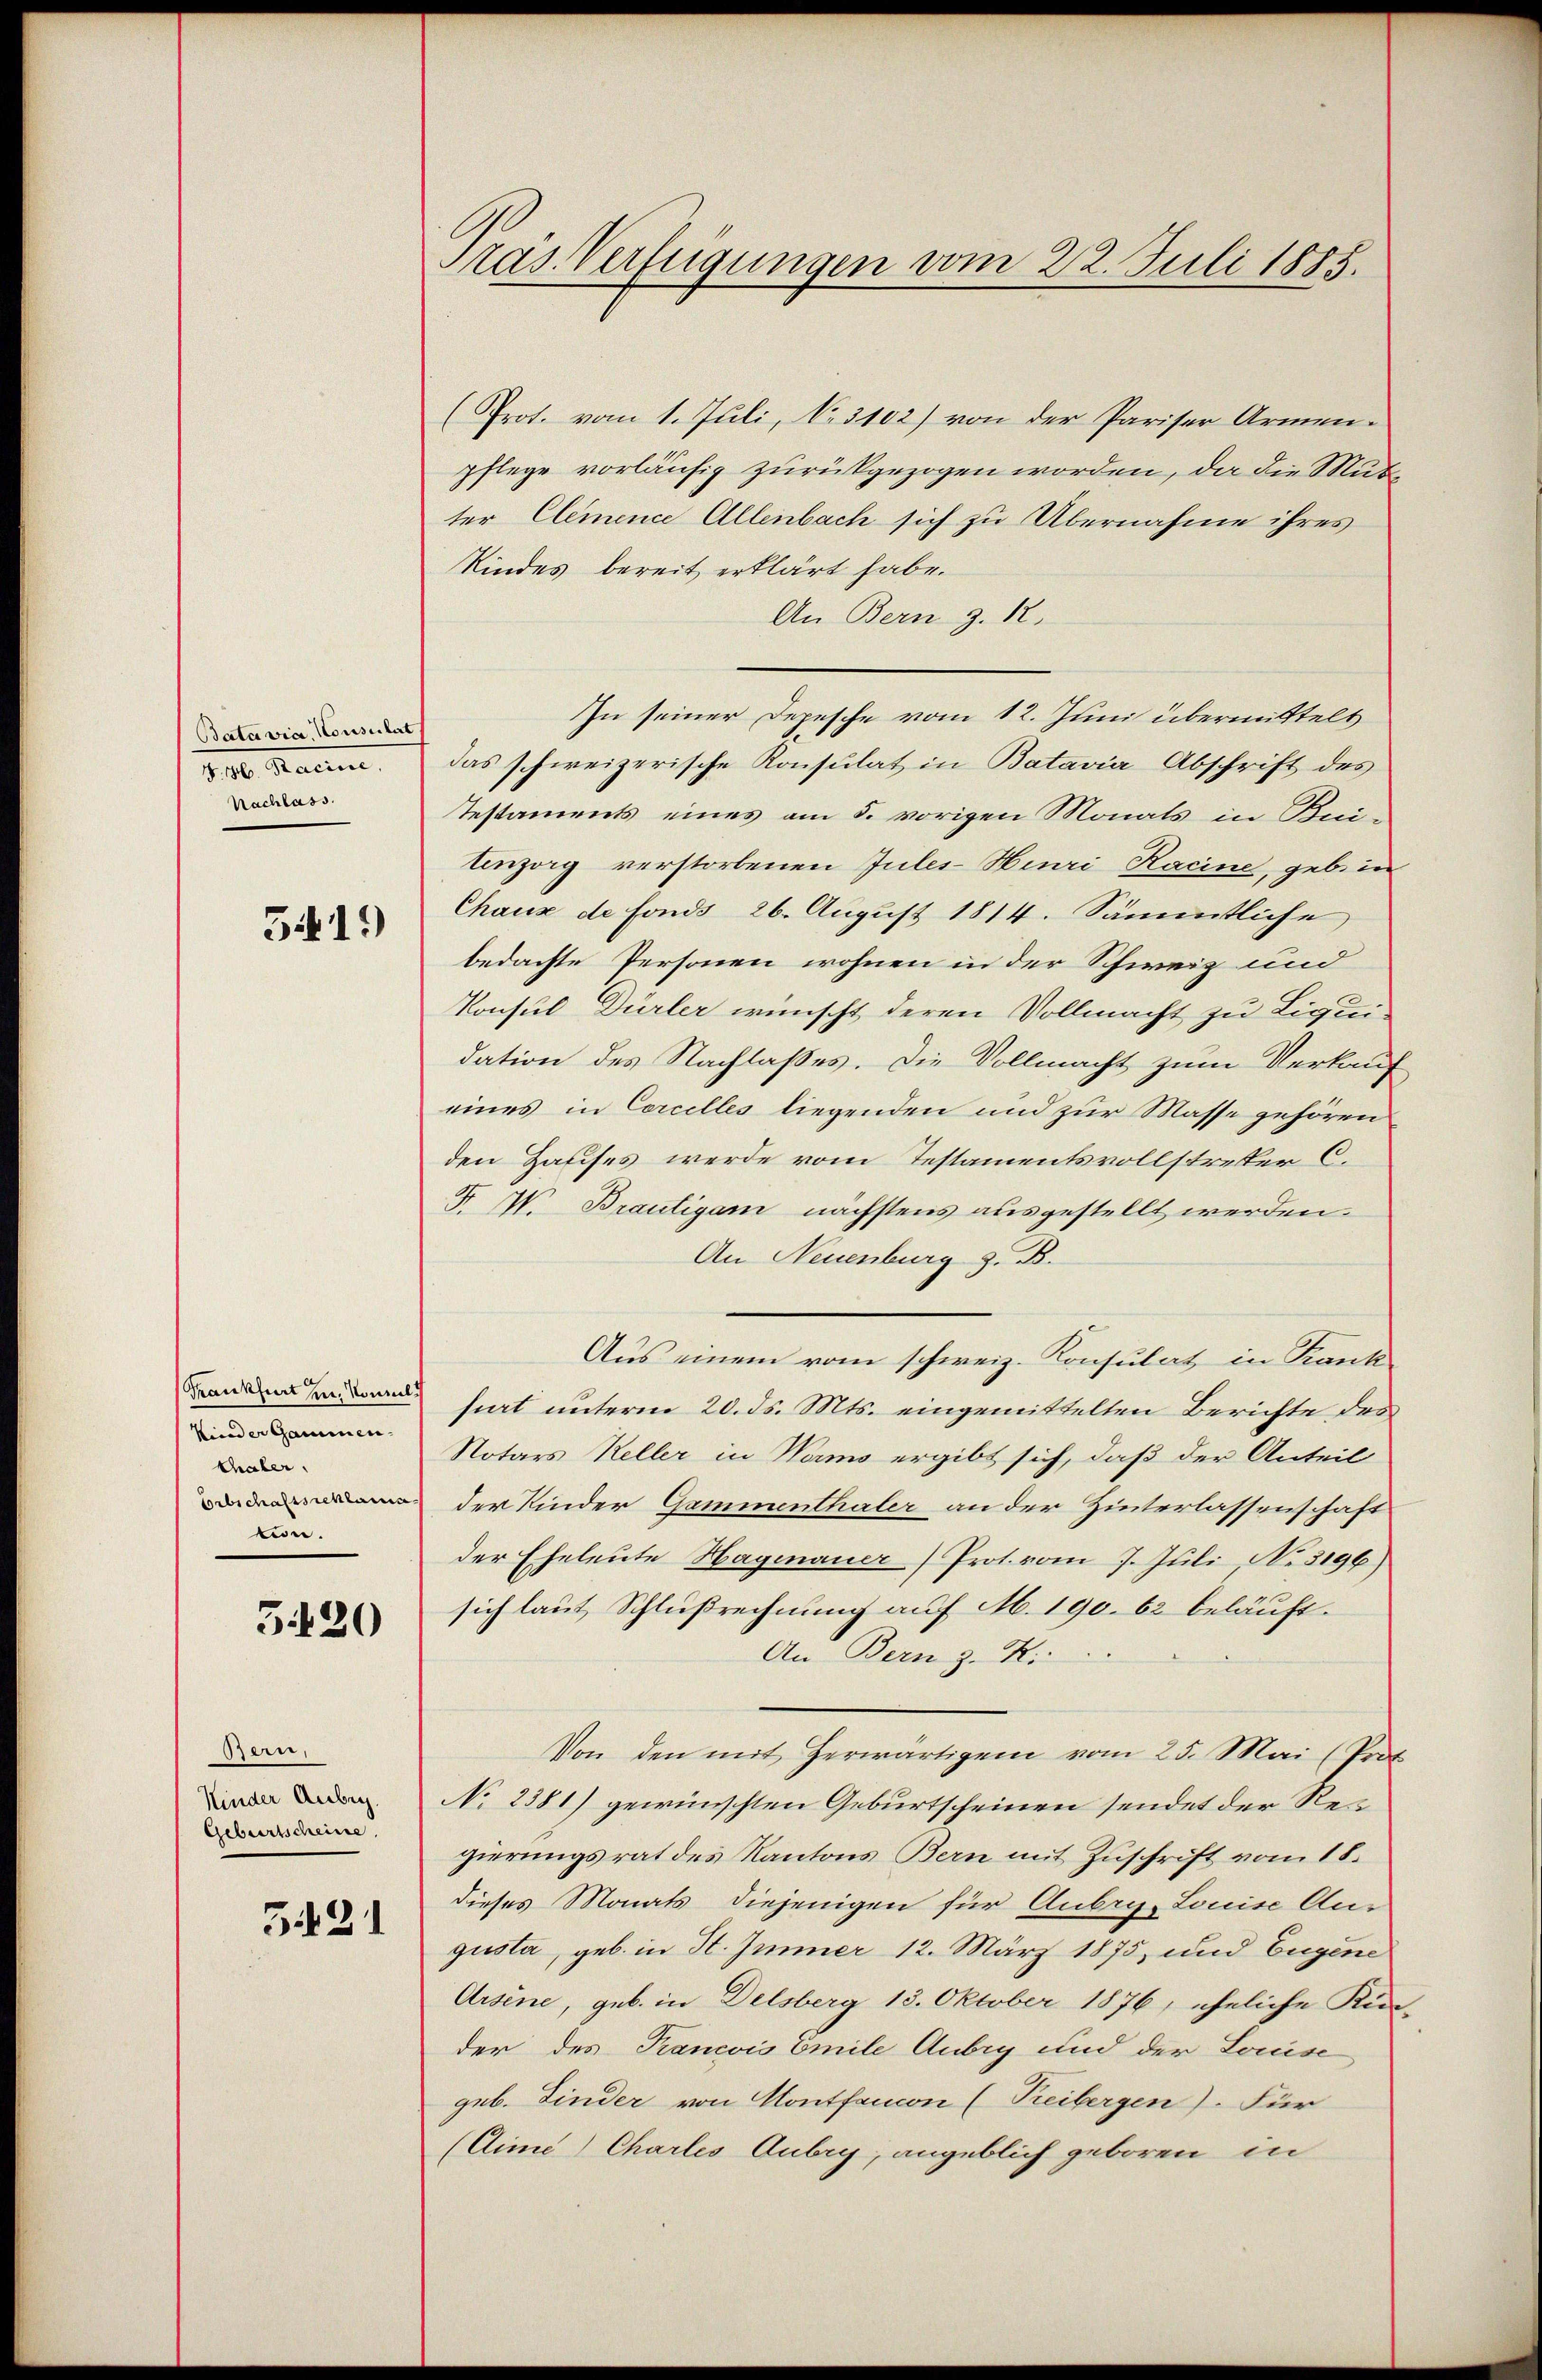
Batavia, Konsulat
. 10. Martin
Nachlass.

G1*)

Frankfurt in Vormel
Kinder Gammen.
Chaler.
Erbschaftsschlam
tin.

5420

Bern,
Kinder Anbeg
Geburtscheine

3421

Pras. Verfügungen vom 22. Juli 1885.

(Prot. vom 1. Juli, N. 3102) von der Pariser Armenpflege vorläufig zurückgezogen worden, da die Mutter Clemence Allenbach sich zu Übernahme ihres
Kindes bereit erklärt habe.
An Bern Z. 12.
In seiner Depesche vom 12. Juni übermittelt
das schweizerische Konsulat in Batavia Abschrift des
Testaments eines am 5. vorigen Monats in Kei¬
Einzorg verstorbenen Jules-Hiuri Racine, gebe in
Chaux de fonds 26. August 1814. Sämmtliche
bedachte Personen wohnen in der Schweiz und
Konsul Dürler wünscht deren Vollmacht zu Liquidation des Nachlaßes. Die Vollmacht zum Verkauf
eines in Corcelles liegenden und zur Masse gehören
den Hauses werde vom Testamentsvollstreker C.
F. W. Bräutigam nächstens ausgestellt werden.
An Neuenburg z. B.
Aus einem vom schweiz. Konsulat in Krank-
siert unterm 20. ds. Mts. eingemittelten Berichte des
Notars Keller in Wamo ergibt sich, daß der Anteil
der Kinder Gammenthaler an der Hinterlassenschaft
der Eheleute Hagmauer) Prot. vom 7. Juli No. 3196)
sich laut Schlußrechnung auf M. 190. 62 beläuft.
An Bern z. Ki
Von den mit herwärtigem vom 25. Mai (Prof
No 2381) gewünschten Geburtscheinen sendet der Regierungsrat des Kantons Bern mit Zuschrift vom 18.
dieses Monats diejenigen für Aubry. Louise An-
gusta, geb. in St. Immer 12. März 1875, und Eugene
Arsene, geb. in Delsberg 13. Oktober 1876, eheliche Kin-
der des Francois Emile Anbig und der Louise
geb. Finder von Montfaucon (Treibergen). Für
(Cime) Chartes Aubry, angeblich geboren in